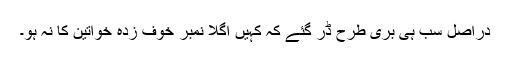
دراصل سب ہی بری طرح ڈر گئے کہ کہیں اگلا نمبر خوف زدہ خواتین کا نہ ہو۔